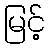
မြင့်